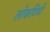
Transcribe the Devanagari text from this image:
लोकविधी